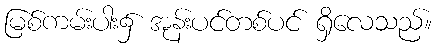
မြစ်ကမ်းပါး၌ အုန်းပင်တစ်ပင် ရှိလေသည်။